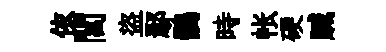
依閭盜鄢鶻時帐硬贓